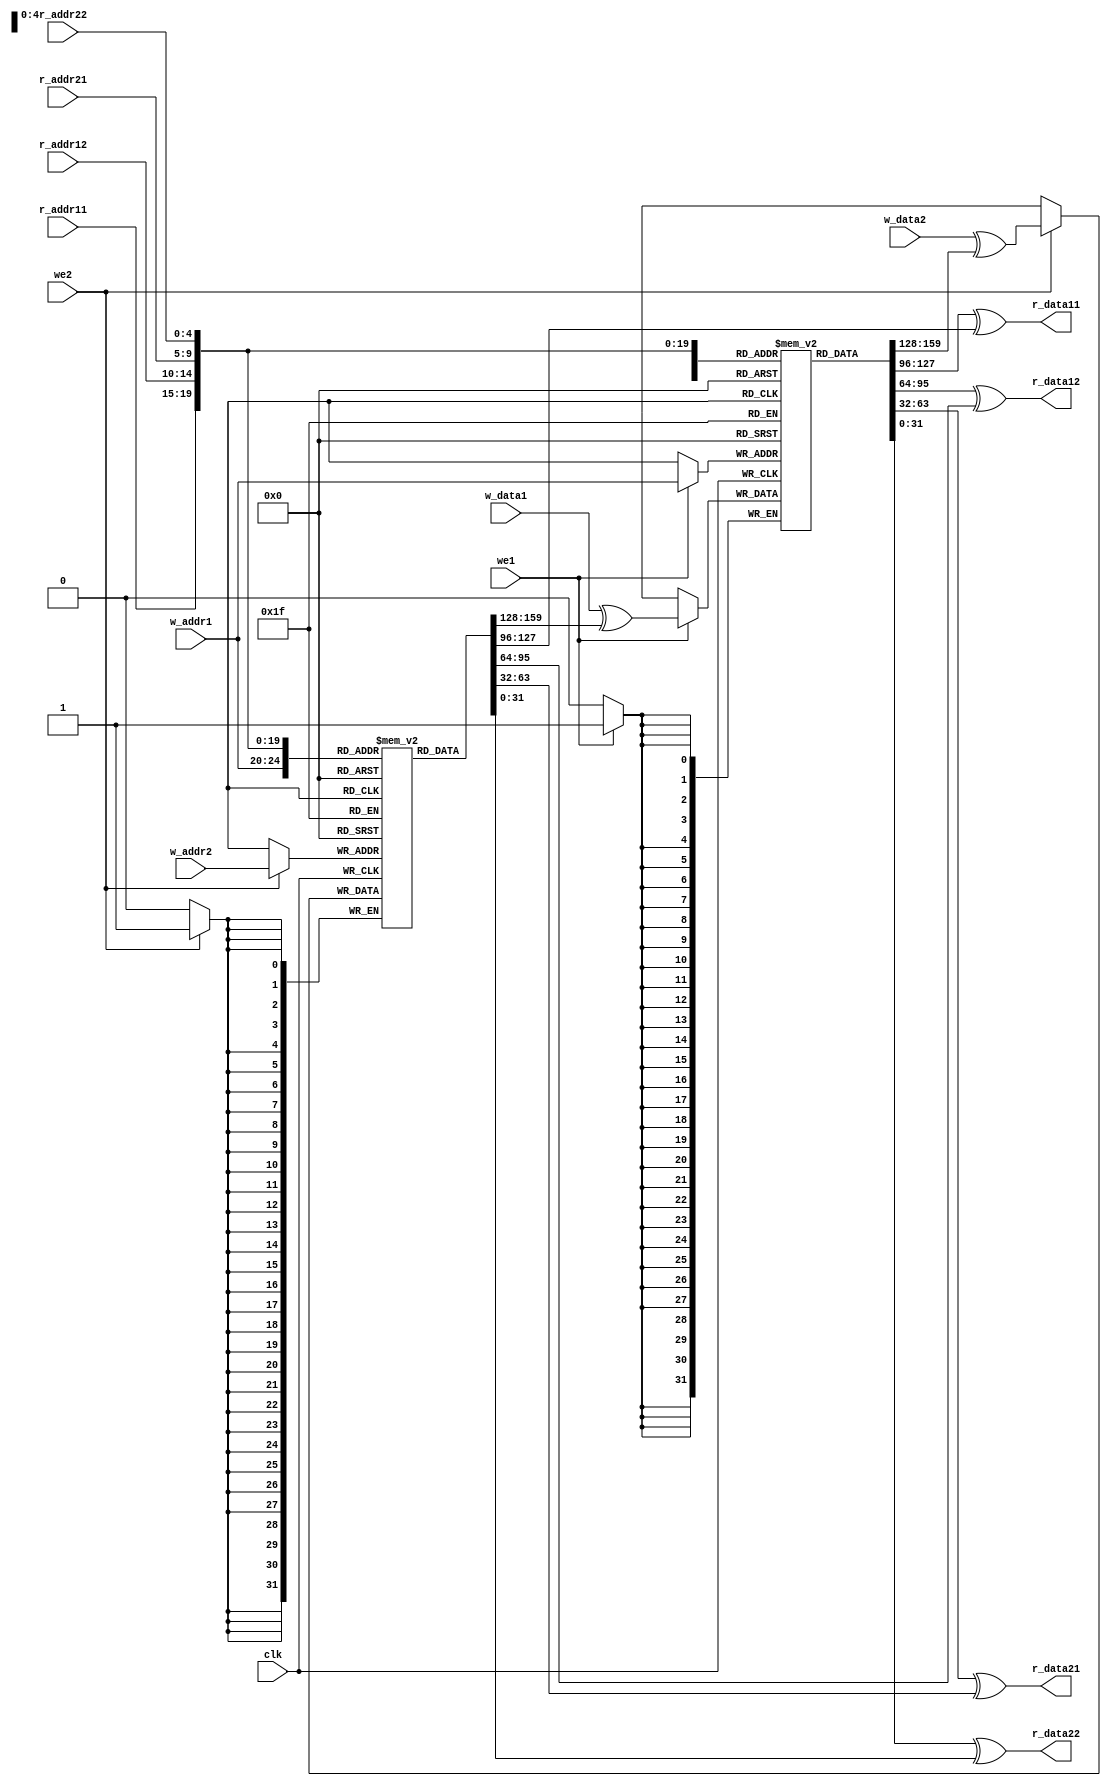
//ram
module regfile(
    input wire clk, we1, we2,
    input wire[4:0] r_addr11, r_addr12, r_addr21, r_addr22, w_addr1, w_addr2,
    input wire [31:0] w_data1, w_data2,
    output wire [31:0] r_data11, r_data12, r_data21, r_data22
);
reg [31:0] mema [0:31];             //32bit32(5bit)
reg [31:0] memb [0:31];

initial mema[0] = 0;
initial memb[0] = 0;

always @(posedge clk) begin
    if (we1) mema[w_addr1] <= w_data1 ^ memb[w_addr1]; //
    if (we2) memb[w_addr2] <= w_data2 ^ mema[w_addr2];
end
assign r_data11 = mema[r_addr11] ^ memb[r_addr11];
assign r_data12 = mema[r_addr12] ^ memb[r_addr12];
assign r_data21 = mema[r_addr21] ^ memb[r_addr21];
assign r_data22 = mema[r_addr22] ^ memb[r_addr22];

endmodule